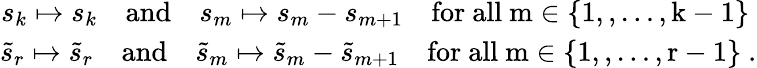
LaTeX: \begin{array}{r}{s_{k}\mapsto s_{k}\quad\mathrm{and}\quad s_{m}\mapsto s_{m}-s_{m+1}\quad\mathrm{for~all~m\in\{ 1,,\dots,k-1\} ~}}\\ {\tilde{s}_{r}\mapsto\tilde{s}_{r}\quad\mathrm{and}\quad\tilde{s}_{m}\mapsto\tilde{s}_{m}-\tilde{s}_{m+1}\quad\mathrm{for~all~m\in\{ 1,,\dots,r-1\} ~}.}\end{array}